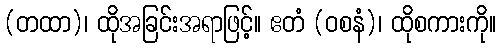
(တထာ)၊ ထိုအခြင်းအရာဖြင့်။ ဧတံ (ဝစနံ)၊ ထိုစကားကို။